Trukikaitis_Postimees, lk 46
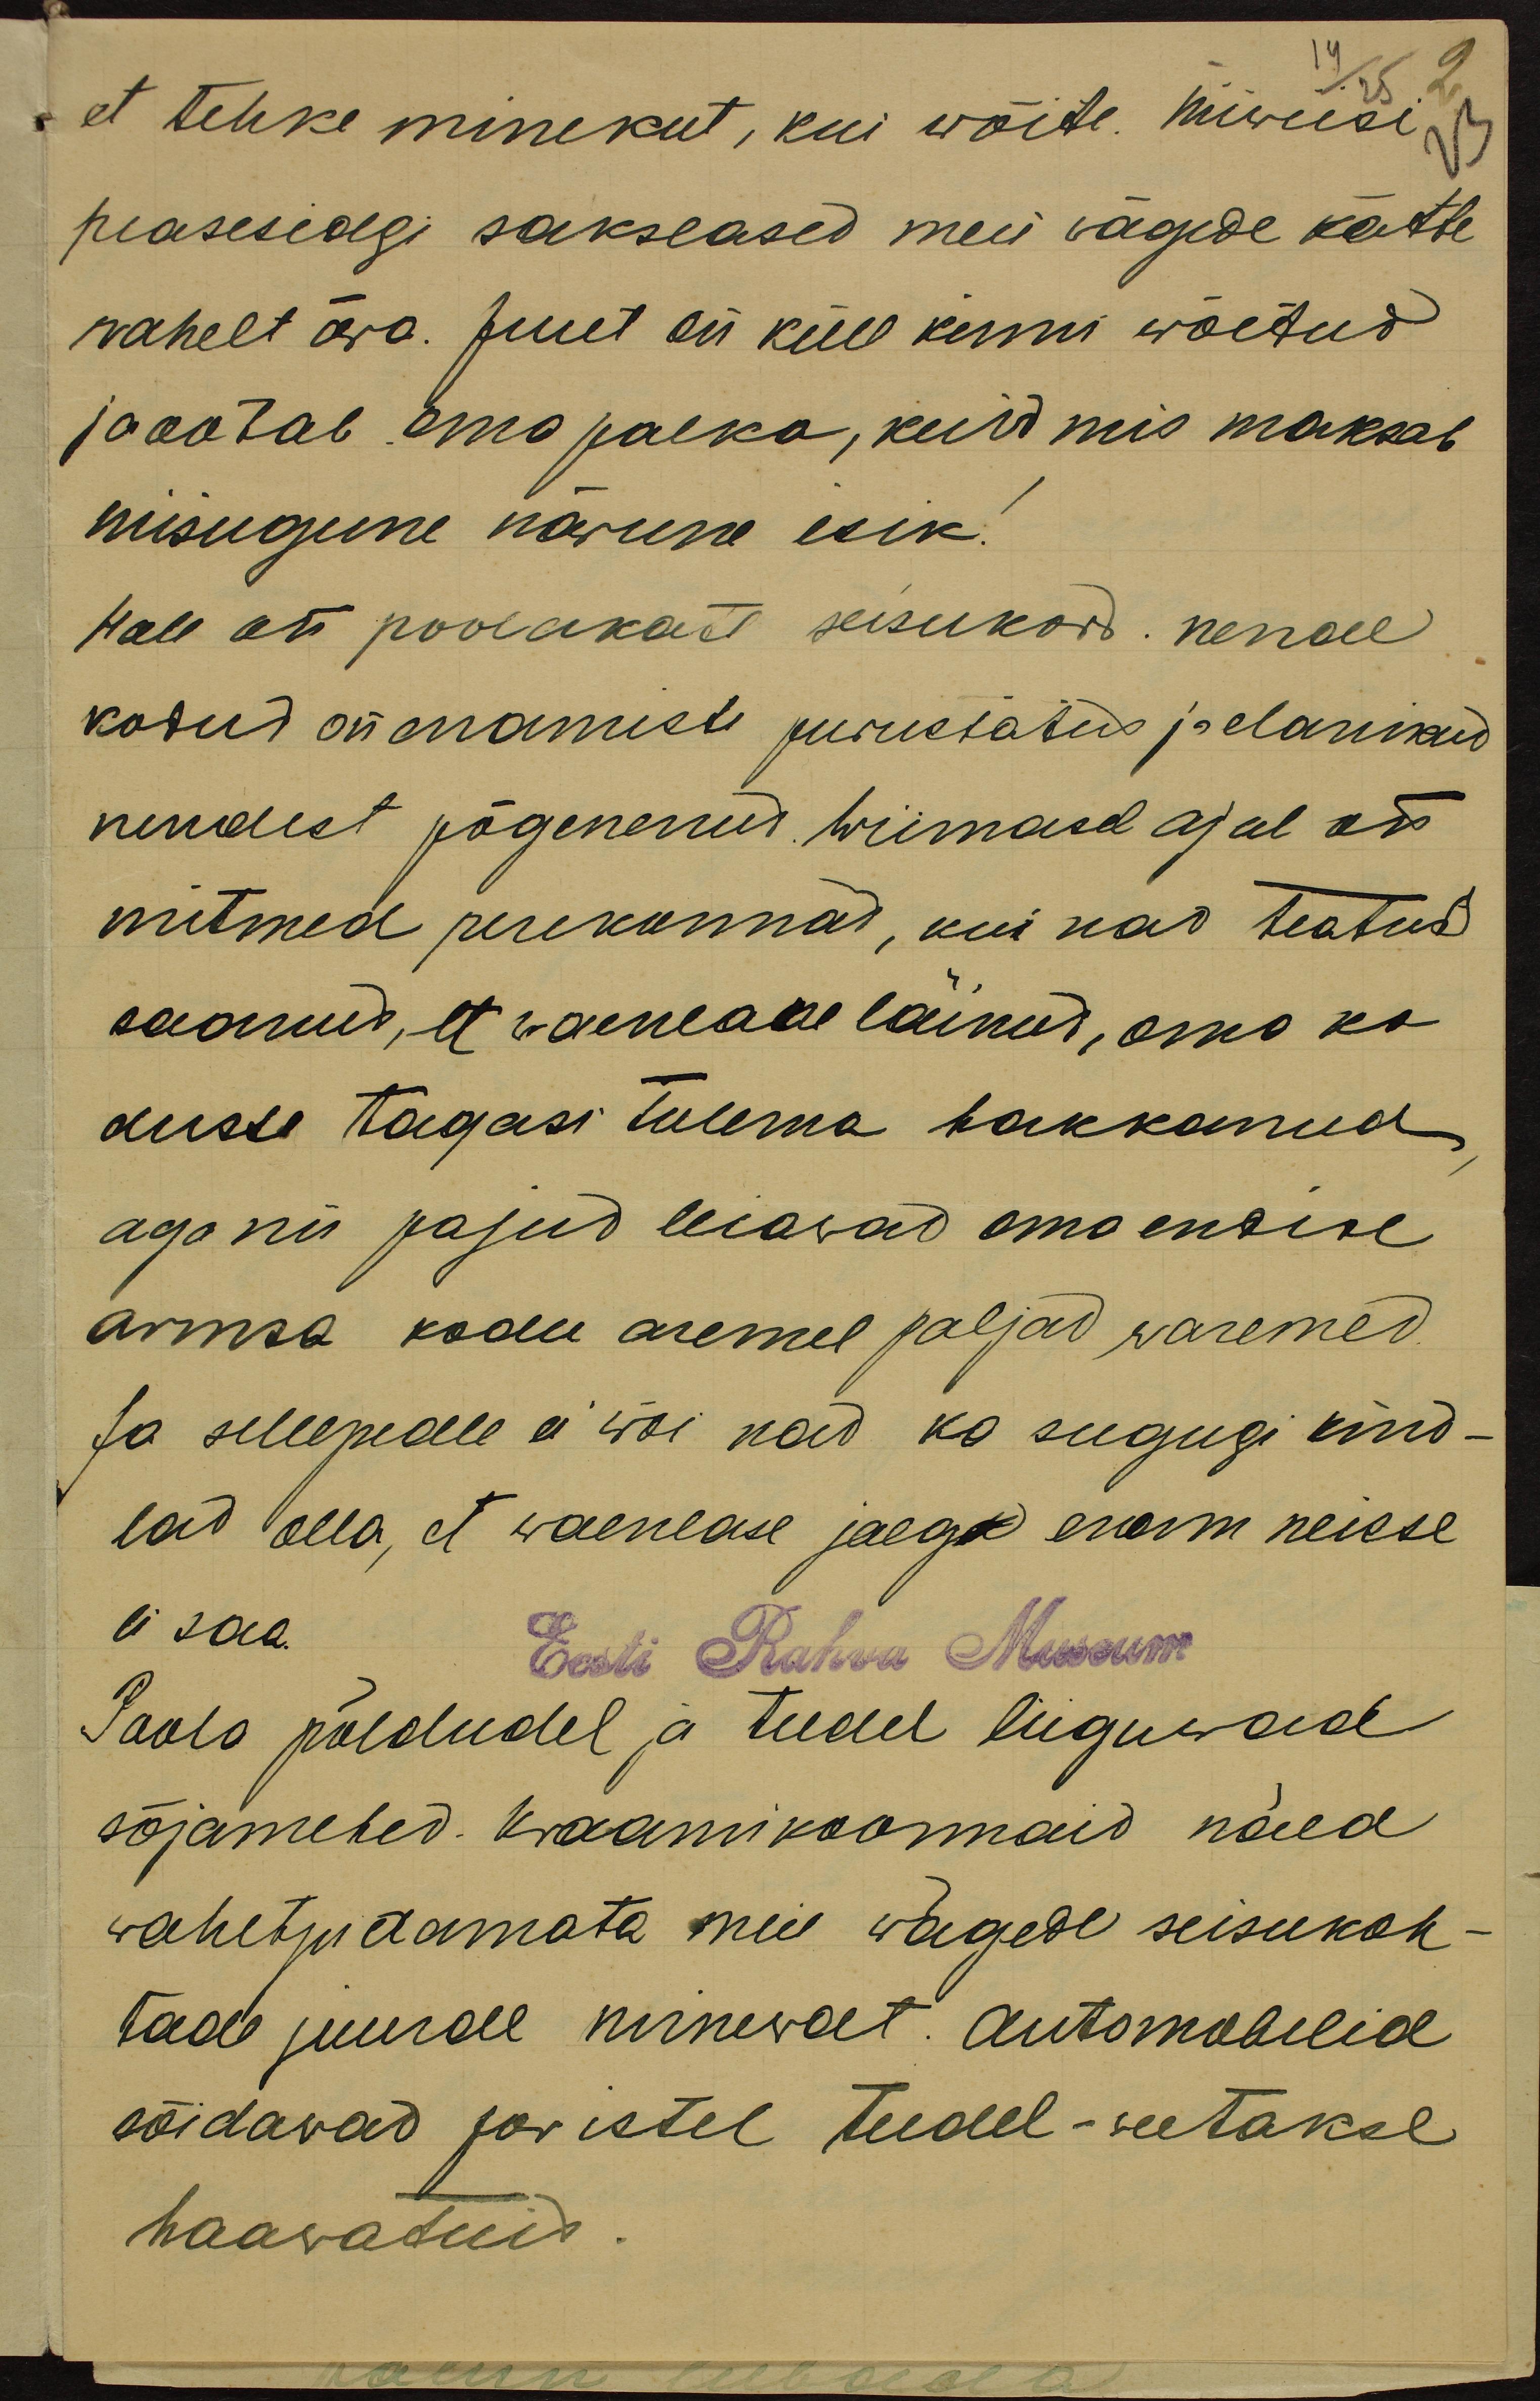
14/25 2
et tehke minekut, kui wõite. Niiwiisi
23
pääsesidgi sakslased meie vägede kätte
wahelt ära. Juut on küll kinni wõetud
ja ootab oma palka, kuid mis maksab
niisugune närune isik.
Hall on poolakate seisukord nende
kodud on enamiste purustatud ja elanikud
nendest põgenenud. Wiimasel ajal on
mitmed perekonnad, kui nad teatud
saanud, et waenlane läinud, oma ko-
dusse tagasi tulema hakkanud,
aga nii pajud leiawad oma endise
armsa kodu asemel paljad waremed
Ja sellepeale ei wõi nad ka sugugi kind-
lad olla, et waenlase jalga enam neisse
ei saa.
Eesti Rahva Museum
Paalo põldudel ja teedel liiguwad
sõjamehed. Kraamikroomaid näed
wahetpidamata meie wägede seisukoh-
tade juurde minewat automobilid
sõidavad poristel teedel – weetakse
haawatuid.